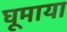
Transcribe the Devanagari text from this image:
घूमाया